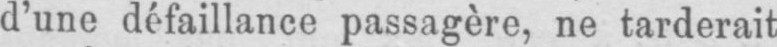
d’une défaillance passagère, ne tarderait